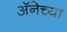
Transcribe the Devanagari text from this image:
अॅनेच्या